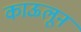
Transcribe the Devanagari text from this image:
काऊलून